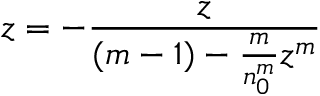
z = - \frac { z } { ( m - 1 ) - \frac { m } { n _ { 0 } ^ { m } } z ^ { m } }